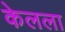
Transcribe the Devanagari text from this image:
केलला